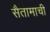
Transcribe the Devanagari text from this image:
सैतामाची